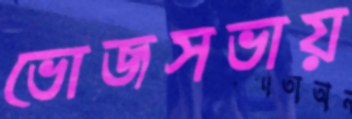
ভোজসভায়